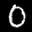
Label: 0